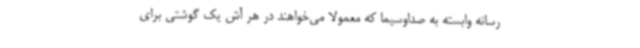
رسانه وابسته به صداوسیما که معمولا می‌خواهند در هر آش یک گوشتی برای